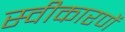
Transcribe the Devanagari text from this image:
स्वीकारणें